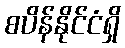
စပိန်နိုင်ငံရှိ